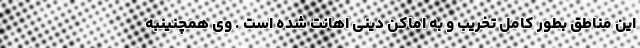
این مناطق بطور کامل تخریب و به اماکن دینی اهانت شده است . وی همچنینبه